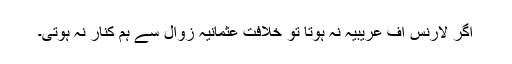
اگر لارنس آف عریبیہ نہ ہوتا تو خلافتِ عثمانیہ زوال سے ہم کنار نہ ہوتی۔